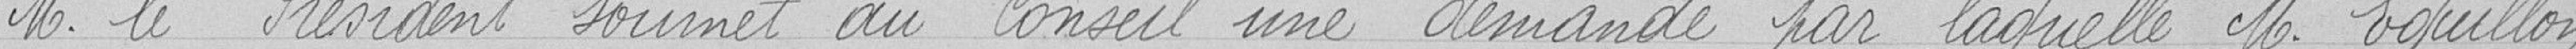
Monsieur le Président soumet au conseil une demande par laquelle Monsieur Eguillon